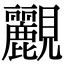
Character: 䚕